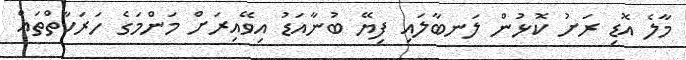
މާލެ އޮޑި ރަށު ކޮޅުން ލަނބާލައި ފިޔޭ ބުނާއަޑު އިވޭއިރަށް މަންމަގެ ހަރަކާތްތައް